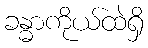
ခန္ဓာကိုယ်ထဲရှိ